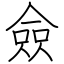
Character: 僉